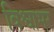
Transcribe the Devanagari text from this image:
विश्वाभर